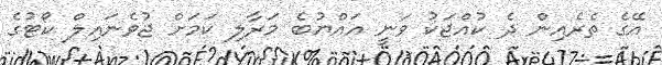
އޭގެ ތެރެއިން ދެ ކުއްޖަކު ވަނީ އައްޔުބެ މަރާލި ކަމަށް ޖުވެނައިލް ކޯޓުގެ